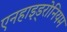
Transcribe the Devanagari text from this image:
एनहाइड्रोनियम